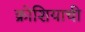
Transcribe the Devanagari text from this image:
क्रोशियाची